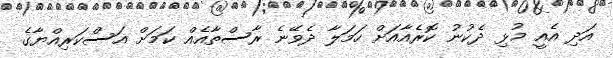
އަދި އެއީ މުޅި ދެކުނު ކޮރެއާއަށް ހަމަލާ ދެވޭނެ ރާސްތާއެއް ކަމަށް އަސްކަރިއްޔާގެ